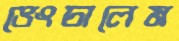
ভেংচালেম